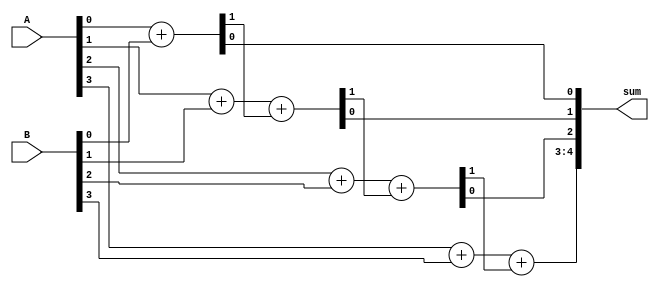
module Carry_skip_lookahead_adder (
  input [3:0] A,
  input [3:0] B,
  output [4:0] sum
);

  wire [3:0] carry_in;
  
  // First stage of arithmetic block
  assign {carry_in[0], sum[0]} = A[0] + B[0];
  
  // Second stage of arithmetic block
  assign {carry_in[1], sum[1]} = A[1] + B[1] + carry_in[0];
  
  // Third stage of arithmetic block
  assign {carry_in[2], sum[2]} = A[2] + B[2] + carry_in[1];
  
  // Fourth stage of arithmetic block
  assign {carry_in[3], sum[3]} = A[3] + B[3] + carry_in[2];
  
  // Final sum bit calculation
  assign sum[4] = carry_in[3];
  
endmodule